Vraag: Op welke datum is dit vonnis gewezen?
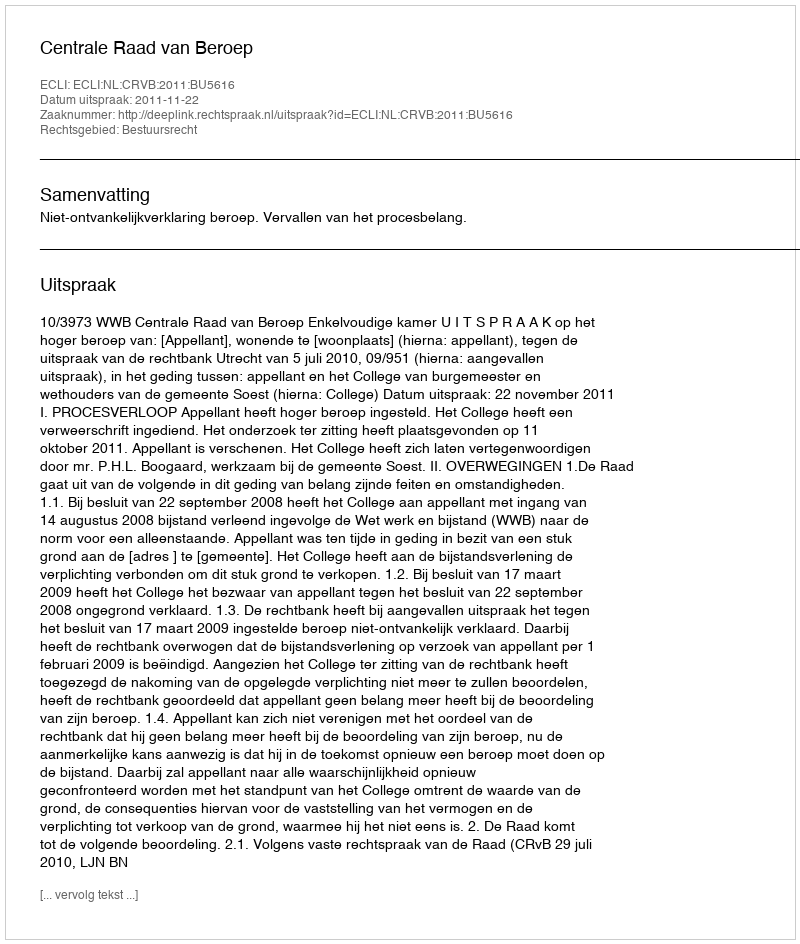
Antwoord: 2011-11-22